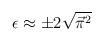
LaTeX: \begin{align*}\epsilon \approx \pm 2 \sqrt{{\vec \pi}^2}\end{align*}